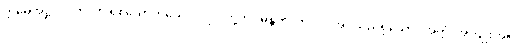
ဣမေအဋ္ဌပုဂ္ဂလာ၊ ဤရှစ်ယောက်သောပုဂ္ဂိုလ်တို့ကို။ မန္တိတံ၊ တိုင်ပင်အပ်သည်ရှိသော်။ အတ္ထံ၊ အကျိုးကို။